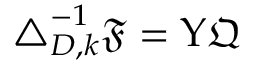
\begin{array} { r } { \triangle _ { D , k } ^ { - 1 } \mathfrak { F } = \Upsilon \mathfrak { Q } } \end{array}